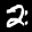
Label: 2